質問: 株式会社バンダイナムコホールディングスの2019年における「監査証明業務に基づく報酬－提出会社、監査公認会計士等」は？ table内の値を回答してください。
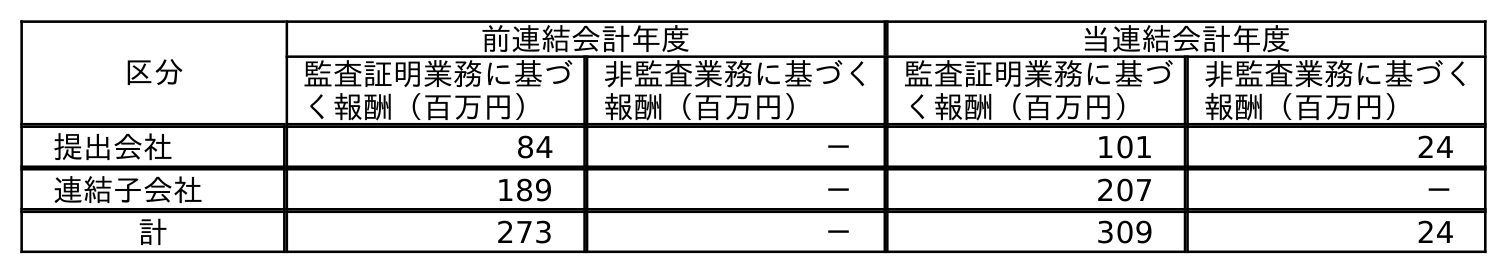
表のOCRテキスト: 区分 前連結会計年度 当連結会計年度 監査証明業務に基づ く報酬（百万円） 非監査業務に基づく 報酬（百万円） 監査証明業務に基づ く報酬（百万円） 非監査業務に基づく 報酬（百万円） 提出会社 84 － 101 24 連結子会社 189 － 207 － 計 273 － 309 24
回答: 84